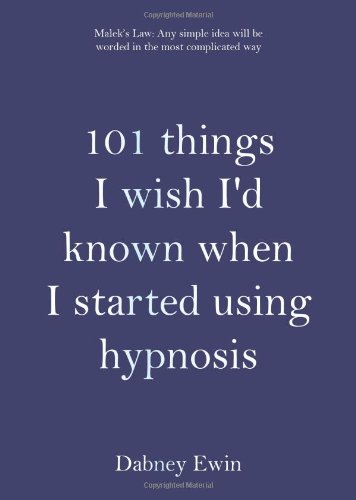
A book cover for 101 Things I Wish I'd Known When I Started Using Hypnosis; Dabney Ewin; Health, Fitness & Dieting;